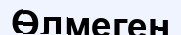
Өлмеген